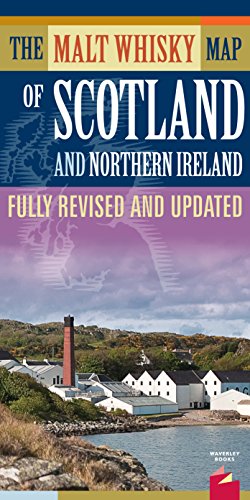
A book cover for The Malt Whisky Map of Scotland and Northern Ireland - Folded Map; Neil Wilson; Travel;